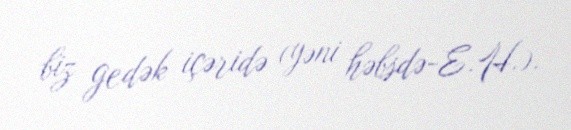
biz gedək içəridə (yəni həbsdə-E.H.).